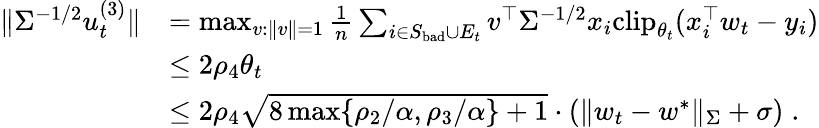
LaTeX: \begin{array}{rl}{\| \Sigma^{-1/2}u_{t}^{(3)}\| }&{=\operatorname*{max}_{v:\| v\| =1}\frac{1}{n}\sum_{i\in S_{\mathrm{bad}}\cup E_{t}}v^{\top}\Sigma^{-1/2}x_{i}\mathrm{clip}_{\theta_{t}}(x_{i}^{\top}w_{t}-y_{i})}\\ &{\leq 2\rho_{4}\theta_{t}}\\ &{\leq 2\rho_{4}\sqrt{8\operatorname*{max}\{ \rho_{2}/\alpha,\rho_{3}/\alpha\} +1}\cdot(\| w_{t}-w^{*}\| _{\Sigma}+\sigma)\; .}\end{array}